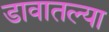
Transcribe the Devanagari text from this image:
डावातल्या